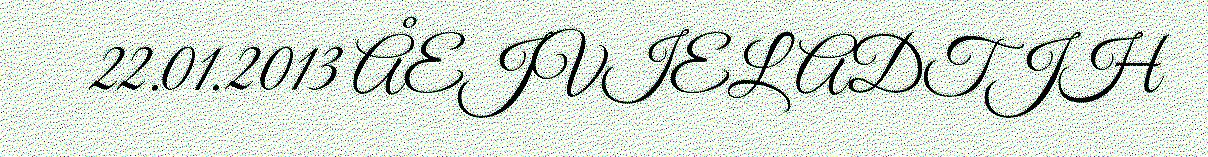
22.01.2013 ÅEJVIELADTJH